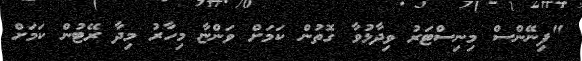
"ފިނޭންސް މިނިސްޓަރު ވިދާޅުވާ ގޮތުން ކަމަށް ވަންޏާ މިހާރު މިދާ ރޭޓުން ކަމަށް